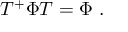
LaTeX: T ^ { + } \Phi T = \Phi \ .